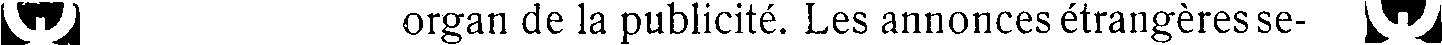
# organ de la publicité. Les annonces étrangères se- #